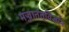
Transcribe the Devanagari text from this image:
मज्जातंतूविज्ञान